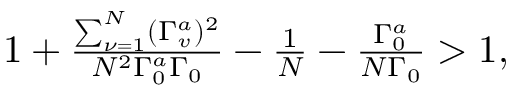
\begin{array} { r } { 1 + \frac { \sum _ { \nu = 1 } ^ { N } ( \Gamma _ { v } ^ { a } ) ^ { 2 } } { N ^ { 2 } \Gamma _ { 0 } ^ { a } \Gamma _ { 0 } } - \frac { 1 } { N } - \frac { \Gamma _ { 0 } ^ { a } } { N \Gamma _ { 0 } } > 1 , } \end{array}